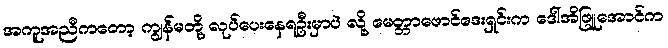
အကူအညီကတော့ ကျွန်မတို့ လုပ်ပေးနေရဦးမှာပဲ လို့ မေတ္တာဖောင်ဒေးရှင်းက ဒေါ်အိဖြူအောင်က